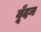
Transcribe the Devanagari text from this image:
बूँदन